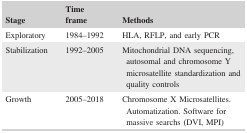
| Stage | Time frame | Methods |
 | --- | --- | --- |
 | Exploratory | 1984–1992 | HLA, RFLP, and early PCR |
 | Stabilization | 1992–2005 | Mitochondrial DNA sequencing, autosomal and chromosome Y microsatellite standardization and quality controls |
 | Growth | 2005–2018 | Chromosome X Microsatellites. Automatization. Software for massive searchs (DVI, MPI) |